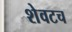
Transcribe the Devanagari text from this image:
शेवटच